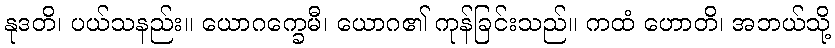
နုဒတိ၊ ပယ်သနည်း။ ယောဂက္ခေမီ၊ ယောဂ၏ ကုန်ခြင်းသည်။ ကထံ ဟောတိ၊ အဘယ်သို့